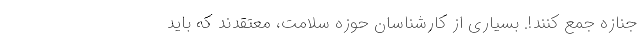
جنازه جمع کنند!. بسیاری از کارشناسان حوزه سلامت، معتقدند که باید